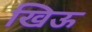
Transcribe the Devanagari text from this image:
खिऊ